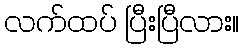
လက်ထပ် ပြီးပြီလား။